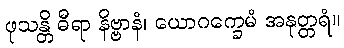
ဖုသန္တိ ဓီရာ နိဗ္ဗာနံ၊ ယောဂက္ခေမံ အနုတ္တရံ။